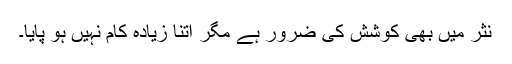
نثر میں بھی کوشش کی ضرور ہے مگر اتنا زیادہ کام نہیں ہو پایا۔